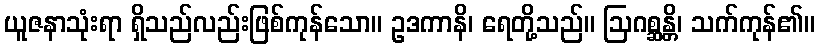
ယူဇနာသုံးရာ ရှိသည်လည်းဖြစ်ကုန်သော။ ဥဒကာနိ၊ ရေတို့သည်။ ဩဂစ္ဆန္တိ၊ သက်ကုန်၏။